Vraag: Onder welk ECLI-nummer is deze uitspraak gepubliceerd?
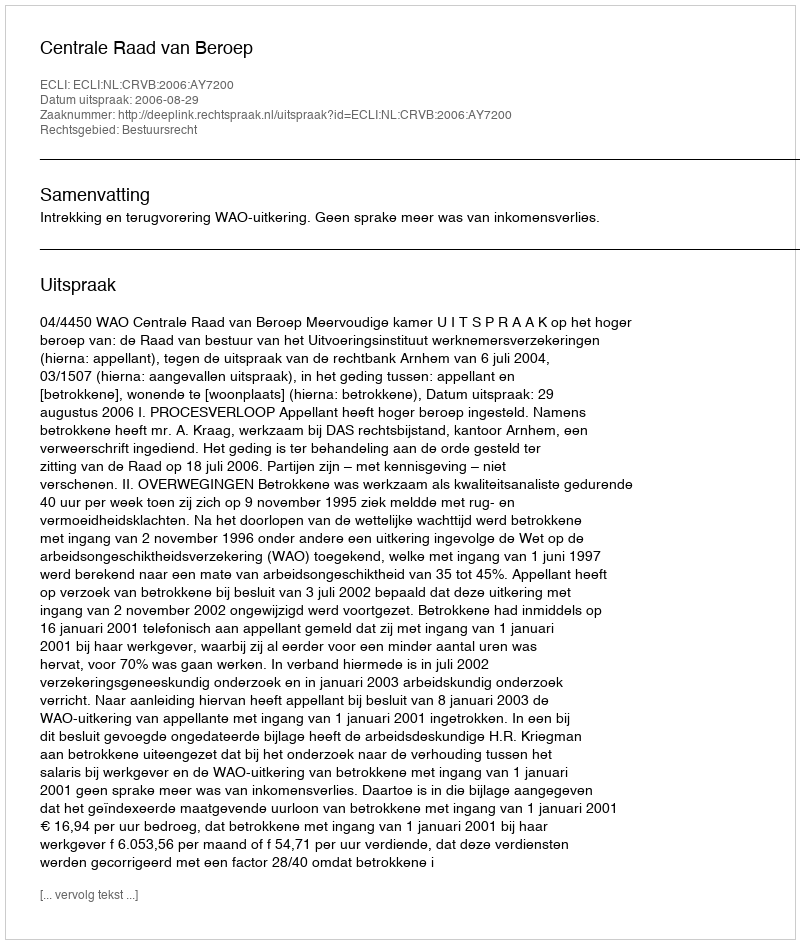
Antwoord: ECLI:NL:CRVB:2006:AY7200